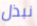
نبذل